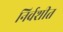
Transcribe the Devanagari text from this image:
निर्वशीत